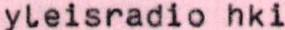
yleisradio hki